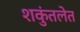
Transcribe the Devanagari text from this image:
शकुंतलेत